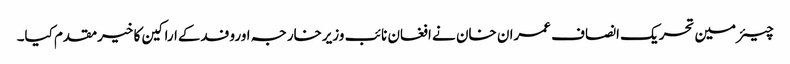
چیئرمین تحریک انصاف عمران خان نے افغان نائب وزیرخارجہ اوروفدکےاراکین کا خیرمقدم کیا۔